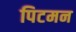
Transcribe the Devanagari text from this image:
पिटमन